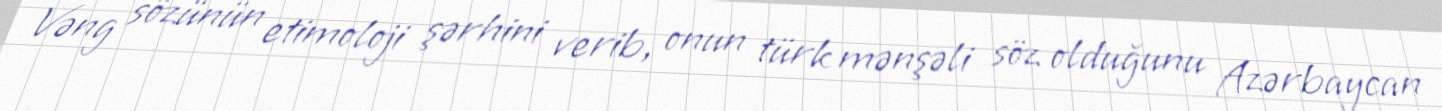
Vəng sözünün etimoloji şərhini verib, onun türk mənşəli söz olduğunu Azərbaycan